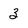
Character: 3